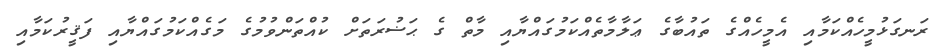
ރަނގަޅުމީހެއްކަމާއި އެމީހެއްގެ ތައުބާގެ ޢަލާމާތެއްކަމުގައްޔާއި މާތް ގެ ޙަޟުރަތަށް ކުއްތަންވުމުގެ މަގެއްކަމުގައްޔާއި ފަޤީރުކަމާއި